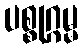
ပစ္စုဂ္ဂမ္မ